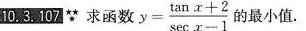
10.3.107 /star 求函数$$